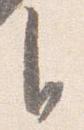
自